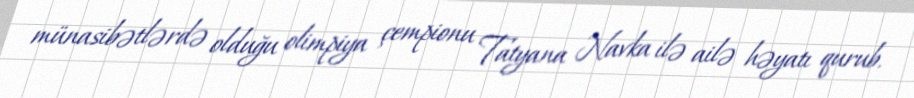
münasibətlərdə olduğu olimpiya çempionu Tatyana Navka ilə ailə həyatı qurub.